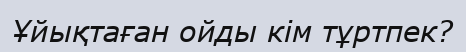
Ұйықтаған ойды кім тұртпек?